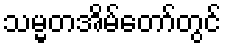
သမ္မတအိမ်တော်တွင်